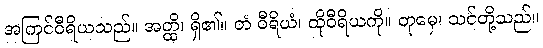
အကြင်ဝီရိယသည်။ အတ္ထိ၊ ရှိ၏။ တံ ဝီရိယံ၊ ထိုဝီရိယကို။ တုမှေ၊ သင်တို့သည်။